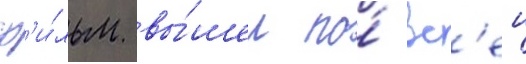
ф'и́льм вы́шел по́ вс'еи